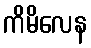
ကိမိလေန